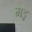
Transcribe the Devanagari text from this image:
मइ्र